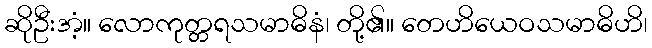
ဆိုဦးအံ့။ လောကုတ္တရသမာဓိနံ၊ တို့၏။ တေဟိယေဝသမာဓိဟိ၊